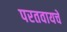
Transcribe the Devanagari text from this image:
परतवायचे